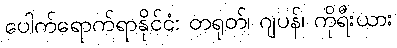
ပေါက်ရောက်ရာနိုင်ငံ: တရုတ်၊ ဂျပန်၊ ကိုရီးယား